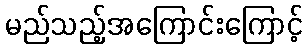
မည်သည့်အကြောင်းကြောင့်